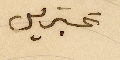
غبريل